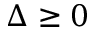
\Delta \geq 0